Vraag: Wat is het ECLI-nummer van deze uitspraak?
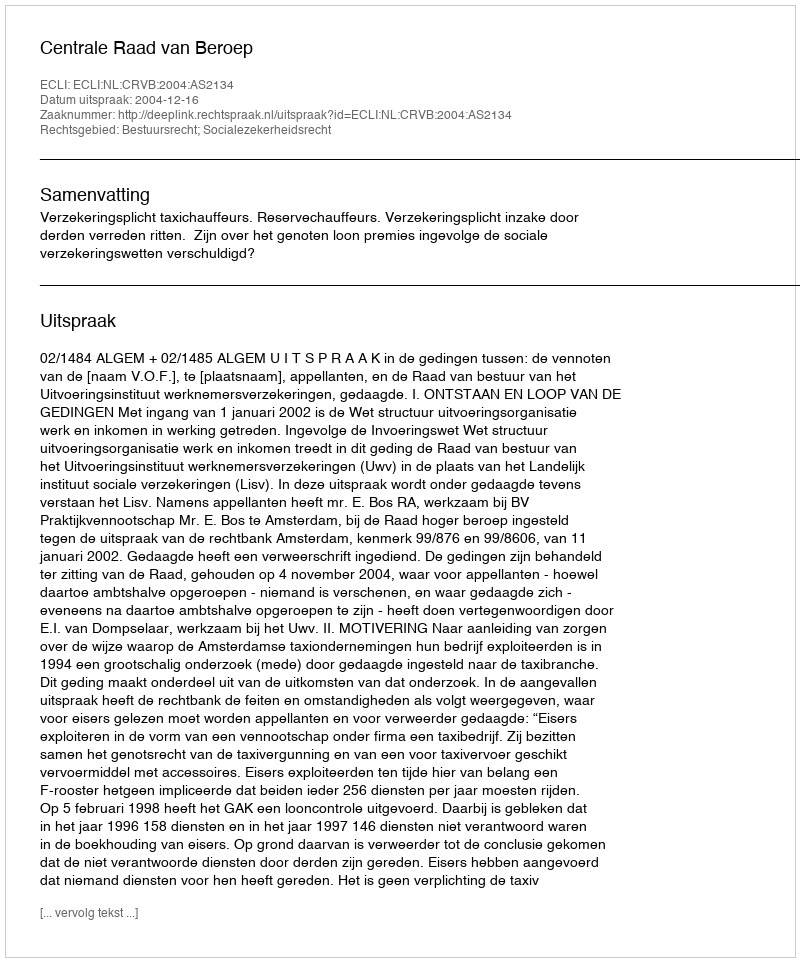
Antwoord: ECLI:NL:CRVB:2004:AS2134